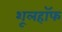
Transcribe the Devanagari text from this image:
शूलहॉफ